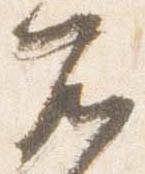
不